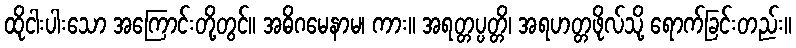
ထိုငါးပါးသော အကြောင်းတို့တွင်။ အဓိဂမေနာမ၊ ကား။ အရတ္တပ္ပတ္တိ၊ အရဟတ္တဖိုလ်သို့ ရောက်ခြင်းတည်း။